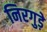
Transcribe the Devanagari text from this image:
निरगुड़े